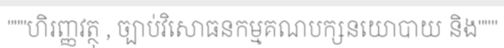
"""ហិរញ្ញវត្ថុ , ច្បាប់វិសោធនកម្មគណបក្សនយោបាយ និង"""